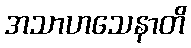
အသာဟသေနာတိ